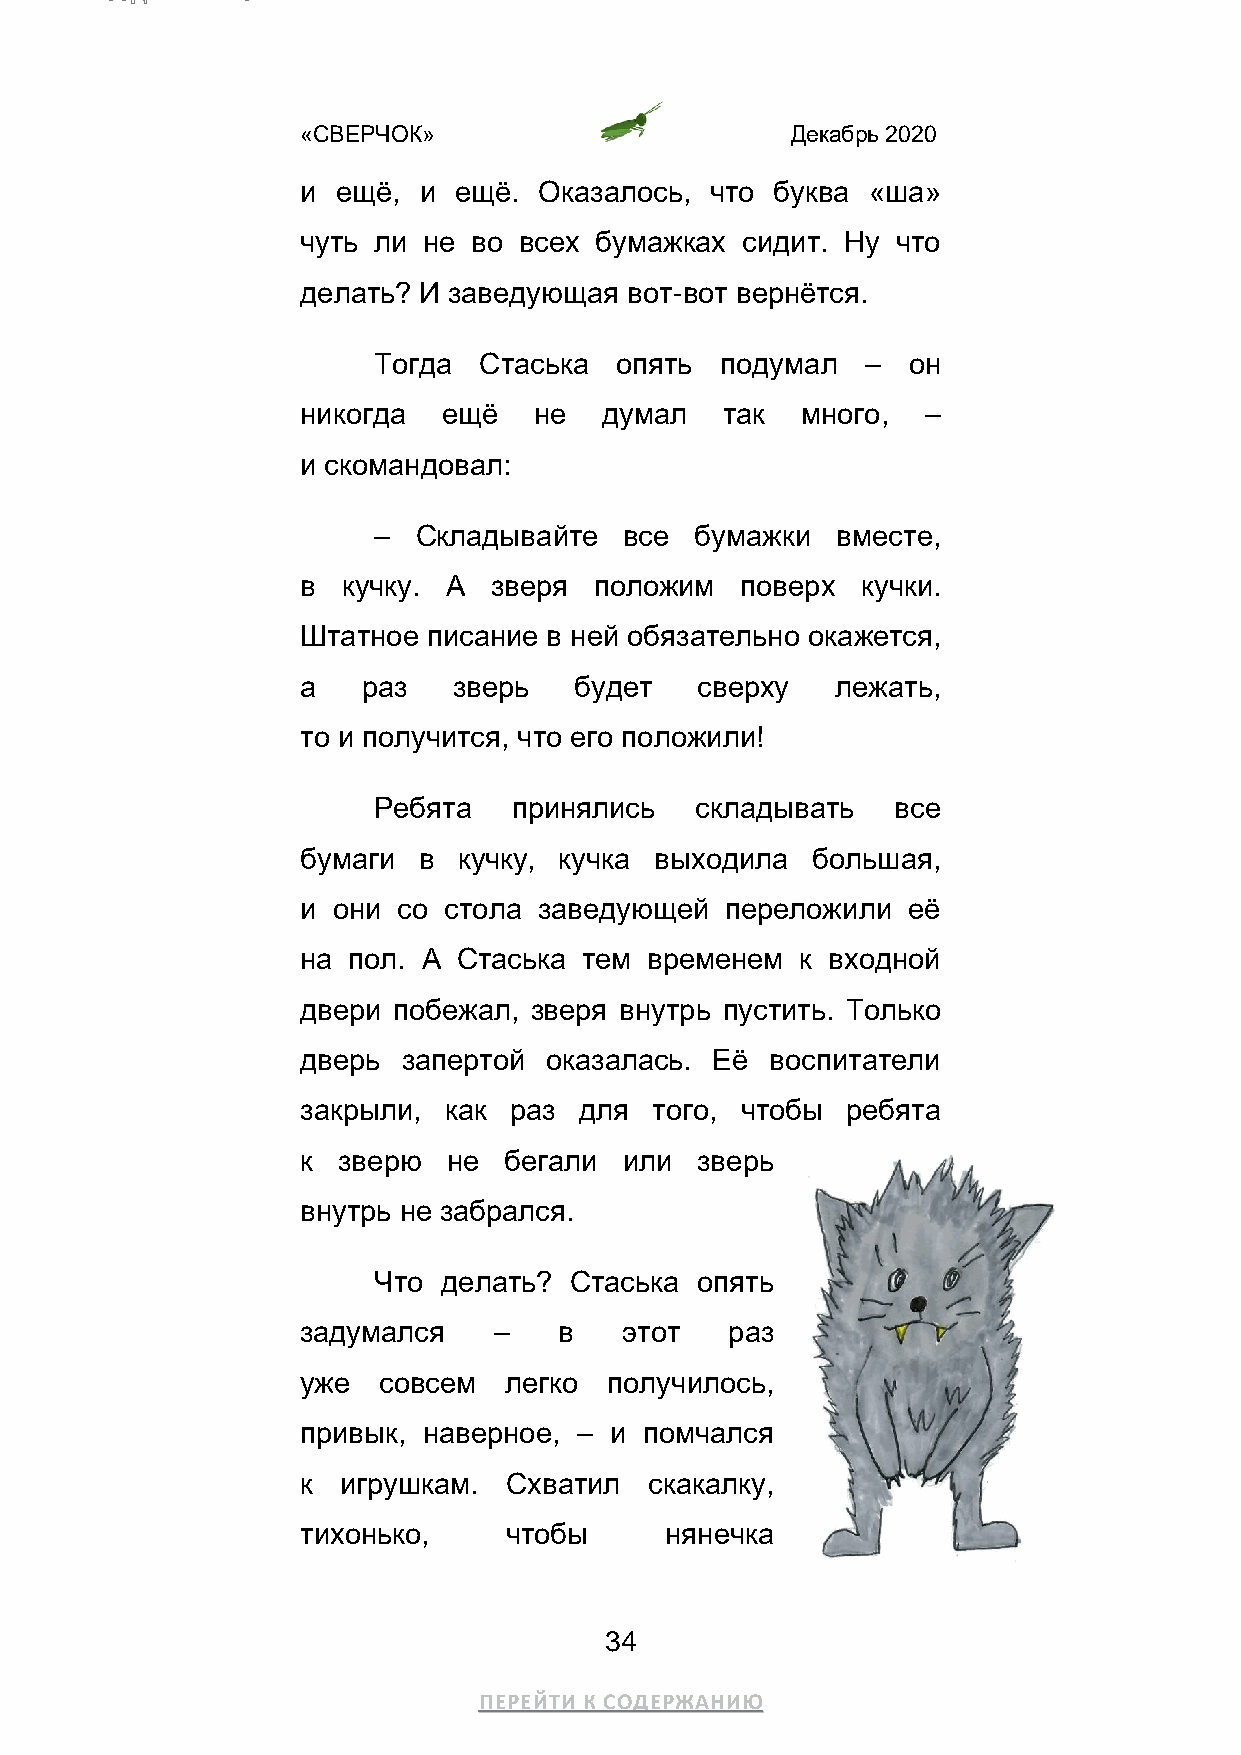
«СВЕРЧОК»                       Декабрь 2020
 и ещё,  и ещё.  Оказалось, что буква «ша»
 чуть ли не во всех бумажках  сидит. Ну что
 делать? И заведующая  вот-вот вернётся.
 Тогда  Стаська  опять  подумал  –  он
 никогда  ещё   не   думал   так  много,  –
 и скомандовал:
 – Складывайте   все  бумажки  вместе,
 в  кучку. А зверя  положим   поверх  кучки.
 Штатное писание в ней обязательно окажется,
 а   раз   зверь   будет   сверху   лежать,
 то и получится, что его положили!
 Ребята   принялись   складывать   все
 бумаги  в кучку, кучка выходила   большая,
 и они со стола  заведующей  переложили  её
 на пол. А Стаська  тем временем  к входной
 двери побежал, зверя внутрь пустить. Только
 дверь  запертой оказалась. Её  воспитатели
 закрыли, как  раз для  того, чтобы  ребята
 к зверю   не бегали  или  зверь
 внутрь не забрался.
 Что делать?  Стаська опять
 задумался    –   в   этот   раз
 уже  совсем  легко  получилось,
 привык, наверное, – и  помчался
 к  игрушкам.  Схватил  скакалку,
 тихонько,    чтобы      нянечка
 34
 ПЕРЕЙТИ К СОДЕРЖАНИЮ